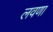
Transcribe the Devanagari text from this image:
लवणा